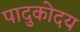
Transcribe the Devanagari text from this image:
पादुकोदय